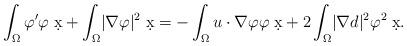
LaTeX: \begin{align*} \int_{\Omega} \varphi^{\prime} \varphi \; \d x + \int_{\Omega} \lvert \nabla \varphi \rvert^2 \; \d x = - \int_{\Omega} u \cdot \nabla \varphi \varphi \; \d x + 2 \int_{\Omega} \lvert \nabla d \rvert^2 \varphi^2 \; \d x.\end{align*}